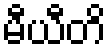
မီယီတိ